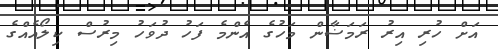
އަށް ހުރި އިރު ރަމަޟާން މަހުގެ އެންމެ ފަހު ދުވަހު މިރުސް ކިލޯއެއްގެ